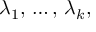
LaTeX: \lambda _ { 1 } , \, \ldots , \, \lambda _ { k } ,